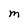
Character: M